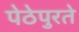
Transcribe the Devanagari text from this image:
पेठेपुरते